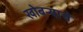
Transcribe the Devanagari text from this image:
खोबर्‍याचे